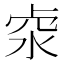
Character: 𠧶